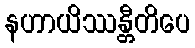
နဟာယိဿန္တီတိပေ